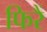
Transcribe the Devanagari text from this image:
फिरैं